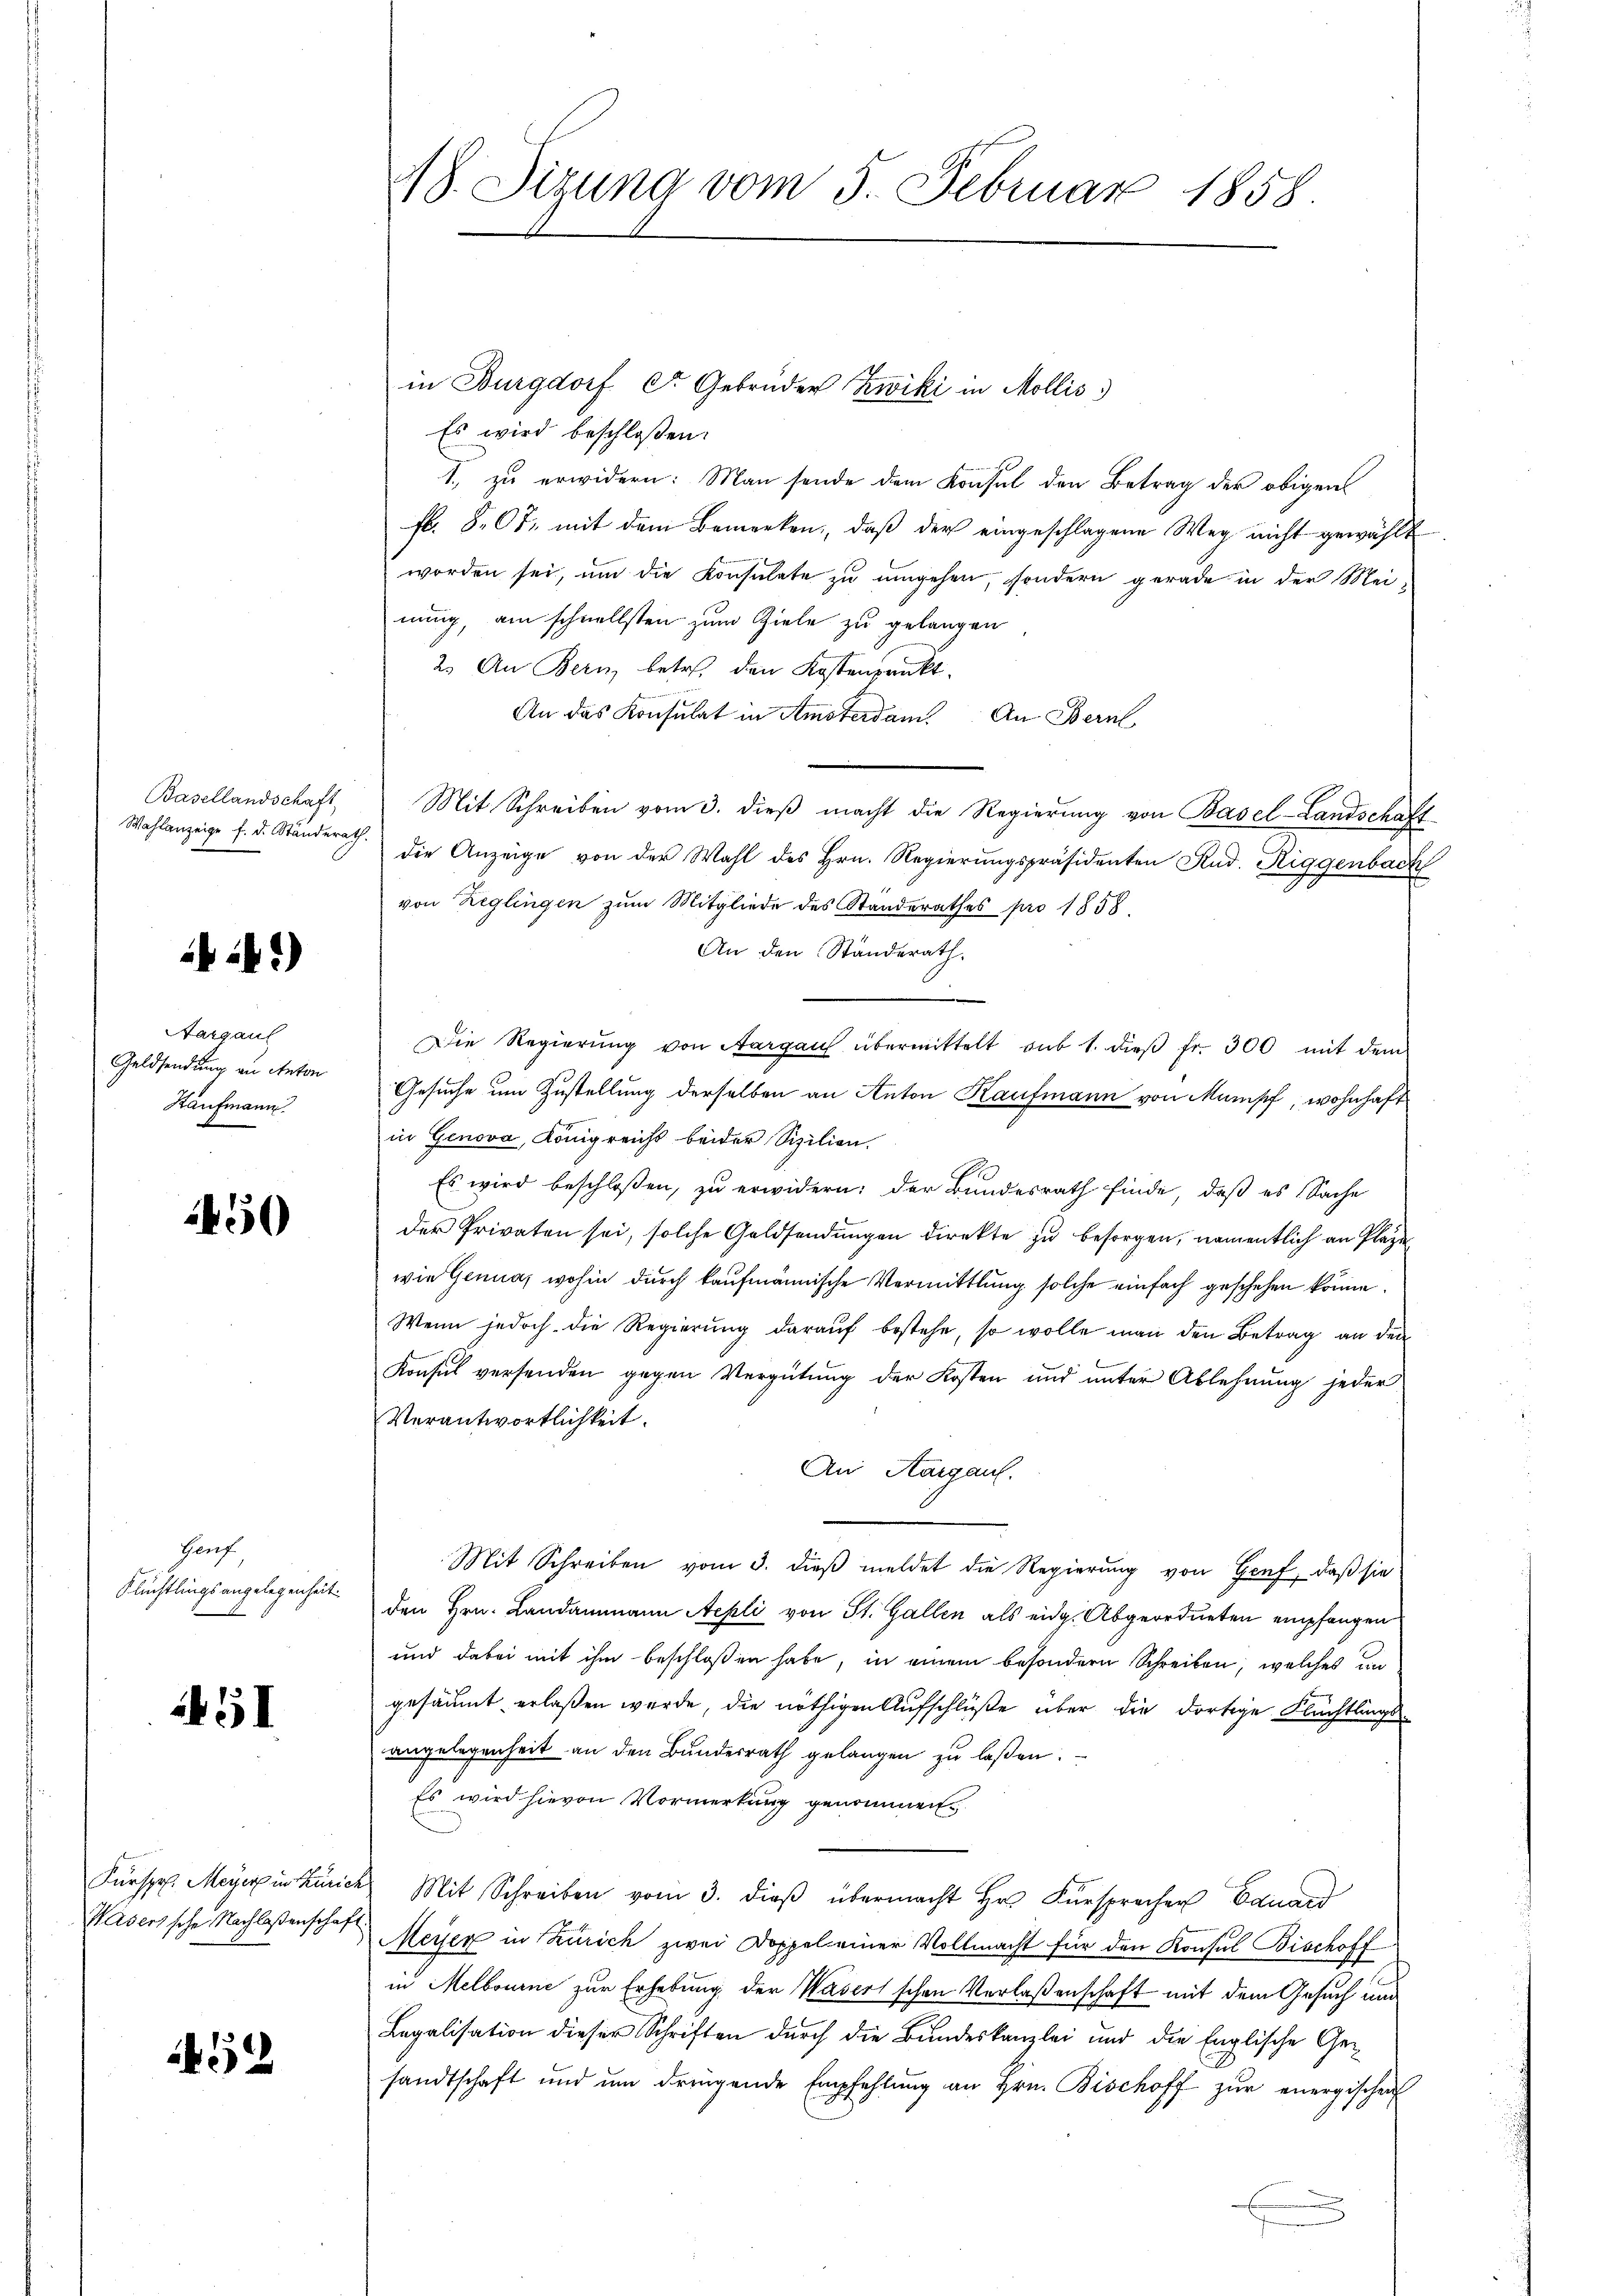
Basellandschaft
Wahlanzeige f. d. Ständerath

ib 24 *)

Aargaul
Geldsendung an Anton
Kaufmann.

1450

Genf
Flüchtlings angelegenheit.

451

Wasers sche Nachlaßenschaf

452

18. Dizung vom 5. Februar 1858.

in Burgdorf Ctr. Gebrüder Zwiki in Mollis.
Es wird beschloßen:
1., zu erwidern: Man sende dem Konsul den Betrag der obigen
fl. 807. mit dem Bemerken, daß der eingeschlagene Weg nicht gewählt
worden sei, um die Konsulate zu umgehen, sondern gerade in der Meinung, am schnellsten zum Ziele zu gelangen
2. An Bern betr. den Kostenpunkt.
An das Konsulat in Amsterdam. An Bern,
Mit Schreiben vom 3. dieß macht die Regierung von Basel-Landschaft
die Anzeige von der Wahl des Hrn. Regierungspräsidenten Rud. Riggenbach
von Reglingen zum Mitgliede des Standerathes pro 1858.
An den Standerath.
Die Regierŭng von Aargau übermittelt aŭb 1. dieβ fr. 300 mit dem
Gesuche um Zustellung derselben an Anton Kaufmann von Mampf, wohnhaft
in Genova, Königreichs beider Szilien.
Es wird beschloßen, zu erwidern: der Bundesrath finde, daß es Sache
der Privaten sei, solche Geldsendŭngen direkte zu besorgen, namentlich an Plaze
wie Genua, wohin durch kaufmännische Vermittlung solche einfach geschehen könne.
Wenn jedoch die Regierung darauf bestehe, so wolle man den Betrag an den
Konsul versenden gegen Vergütung der Kosten und unter Ablehnung jeder
Verantwortlichkeit.
An Aargau.
Mit Schreiben vom 3. dieß meldet die Regierung von Genf, daß sie
den Hrn. Landammann Aepli von St. Gallen als eidg. Abgeordneten empfangen
und dabei mit ihm beschloßen habe, in einem besondern Schreiben, welches in
gesäumt erlaßen werde, die nöthigen Aufschlüße über die dortige Flüchtlingeangelegenheit an den Bundesrath gelangen zu laßen.
Es wird hievon Vormerkung genommen
Fürspr. Meyereinkürich Mit Schreiben vom 3. dieβ übermacht Hr. Fürsprecher Eduard
Meyer in Zürich zwei Doppel einer Vollmacht für den Konsul Bischoff
in Melbourne zur Erhebung der Waser schon Verlaßenschaft mit dem Gesuch und
Legalisation dieser Schriften durch die Bundeskanzlei und die Englische Gesandtschaft und ŭm dringende Empfehlŭng an Hrn. Bischoff zur energischen